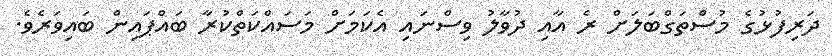
ދަރިފުޅުގެ މުސްތަގްބަލަށް ރެ އާއި ދުވާލު ވިސްނައި އެކަމަށް މަސައްކަތްކުރާ ބައްޕައިން ބައިވަރެވެ.